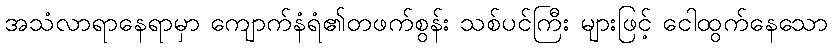
အသံလာရာနေရာမှာ ကျောက်နံရံ၏တဖက်စွန်း သစ်ပင်ကြီး များဖြင့် ငေါထွက်နေသော